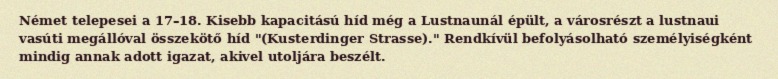
Német telepesei a 17–18. Kisebb kapacitású híd még a Lustnaunál épült, a városrészt a lustnaui vasúti megállóval összekötő híd "(Kusterdinger Strasse)." Rendkívül befolyásolható személyiségként mindig annak adott igazat, akivel utoljára beszélt.